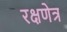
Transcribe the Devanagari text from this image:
रक्षणेत्र